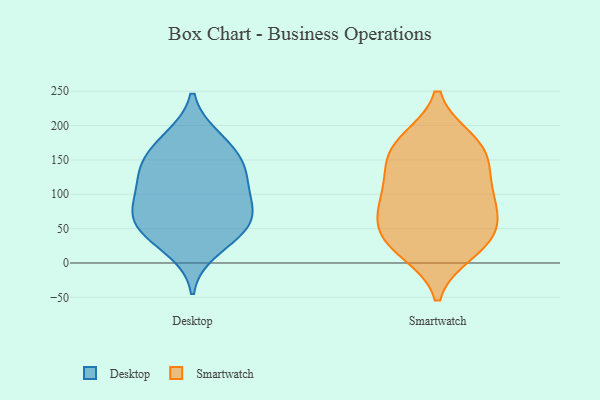
{"axis": {"x": "Production Output", "y": "Value"}, "legend": ["Desktop", "Smartwatch"], "data": [{"x": "", "y": 89, "type": "Desktop"}, {"x": "", "y": 113, "type": "Desktop"}, {"x": "", "y": 179, "type": "Desktop"}, {"x": "", "y": 65, "type": "Desktop"}, {"x": "", "y": 86, "type": "Desktop"}, {"x": "", "y": 146, "type": "Desktop"}, {"x": "", "y": 47, "type": "Desktop"}, {"x": "", "y": 47, "type": "Desktop"}, {"x": "", "y": 78, "type": "Desktop"}, {"x": "", "y": 147, "type": "Desktop"}, {"x": "", "y": 48, "type": "Desktop"}, {"x": "", "y": 18, "type": "Desktop"}, {"x": "", "y": 141, "type": "Desktop"}, {"x": "", "y": 183, "type": "Desktop"}, {"x": "", "y": 124, "type": "Desktop"}, {"x": "", "y": 76, "type": "Smartwatch"}, {"x": "", "y": 57, "type": "Smartwatch"}, {"x": "", "y": 176, "type": "Smartwatch"}, {"x": "", "y": 161, "type": "Smartwatch"}, {"x": "", "y": 178, "type": "Smartwatch"}, {"x": "", "y": 91, "type": "Smartwatch"}, {"x": "", "y": 126, "type": "Smartwatch"}, {"x": "", "y": 119, "type": "Smartwatch"}, {"x": "", "y": 28, "type": "Smartwatch"}, {"x": "", "y": 28, "type": "Smartwatch"}, {"x": "", "y": 46, "type": "Smartwatch"}, {"x": "", "y": 157, "type": "Smartwatch"}, {"x": "", "y": 87, "type": "Smartwatch"}, {"x": "", "y": 17, "type": "Smartwatch"}]}